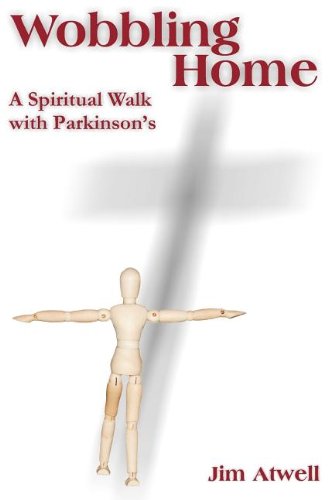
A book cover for Wobbling Home: A Spiritual Walk with Parkinson's; Jim Atwell; Health, Fitness & Dieting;